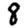
Digit: 8